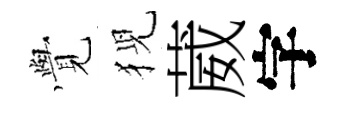
𮗜猊葳字